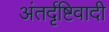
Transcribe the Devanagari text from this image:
अंतर्दृष्टिवादी